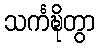
သင်္ကဍ္ဎိတွာ